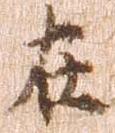
在